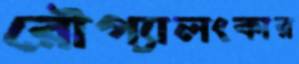
রৌপ্যালংকার